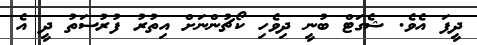
ދީފަ އެވެ. ޝެގަޓް ބުނީ ދިވެހި ކޯޗުންނަށް އިތުރު ފުރުސަތު ދީ އެ